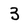
Character: 3